Civil Veterinary Dept. Bombay admin report 1900-1906 - 1900-1906
Year: 1900
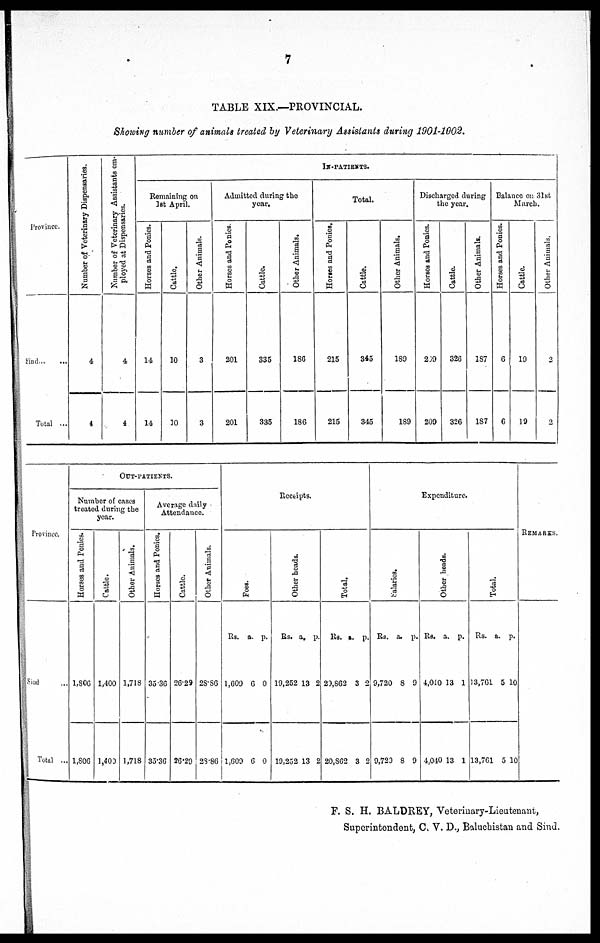
7
TABLE XIX.—PROVINCIAL.
Showing number of animals treated by Veterinary Assistants during 1901-1902.
Province.
Sind...
...
Total ...
Number of Veterinary Dispensaries.
4
4
Number of Veterinary Assistants em
ployed at Dispensaries.
4
4
IN-PATIENTS.
Remaining on
1st April.
Horses and Ponies.
14
14
Cattle.
10
10
Other Animals.
3
3
Admitted during the
year.
Horses and Ponies.
201
201
Cattle.
335
335
Other Animals.
186
186
Total.
Horses and Ponies.
215
215
Cattle.
845
845
Other Animals.
189
189
Discharged during
the year.
Horses
and Ponies.
209
209
Cattle.
826
826
Other Animals.
187
187
Balance on 31st
March.
Horses and Ponies.
6
6
Cattle.
19
19
Other Animals,
2
2
Province.
Sind ...
Total ...
OUT-PATIENTS.
Number of cases
treated during the
year.
Horses and Ponies.
1,806
1,806
Cattle.
1,400
1,400
Other Animals.
1,718
1,718
Average daily
Attendance.
Horses and Ponies.
35.36
35.36
Cattle.
26.29
26.29
Other Animals.
28.86
28.86
Receipts.
Foes.
Rs.
1,609
1,609
a.
6
6
p.
0
0
Ot her heads.
Rs.
19,252
19,252
a.
13
13
p.
2
2
Tot al .
Rs.
20,862
20,862
a.
8
8
p.
2
2
Expenditure.
Sal ar i
es.
Rs.
9,720
9,720
a.
8
8
p.
9
9
Ot her beads.
Rs.
4,040
4,040
a.
18
18
p.
1
1
Total.
Rs.
13,761
13,761
a.
5
5
p.
10
10
REMARKS.
F. S. H. BALDREY, Veterinary-Lieutenant,
Superintendent, C. V. D., Baluchistan and Sind.